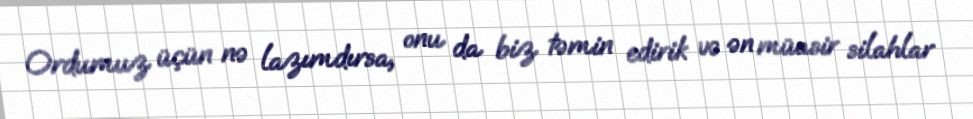
Ordumuz üçün nə lazımdırsa, onu da biz təmin edirik və ən müasir silahlar